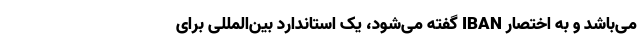
می‌باشد و به اختصار IBAN گفته می‌شود، یک استاندارد بین‌المللی برای